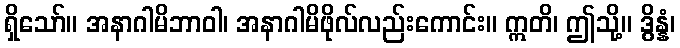
ရှိသော်။ အနာဂါမိဘာဝါ၊ အနာဂါမိဖိုလ်လည်းကောင်း။ ဣတိ၊ ဤသို့။ ဒွိန္နံ၊